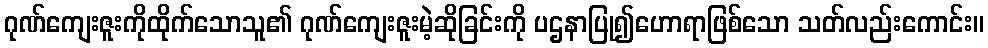
ဂုဏ်ကျေးဇူးကိုထိုက်သောသူ၏ ဂုဏ်ကျေးဇူးမဲ့ဆိုခြင်းကို ပဌနာပြု၍ဟောရာဖြစ်သော သတ်လည်းကောင်း။